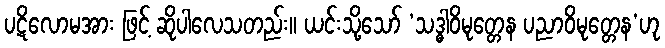
ပဋိလောမအား ဖြင့် ဆိုပါလေသတည်း။ ယင်းသို့သော် ‘သဒ္ဓါဝိမုတ္တေန ပညာဝိမုတ္တေန’ဟု